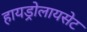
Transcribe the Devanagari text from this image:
हायड्रोलायसेट